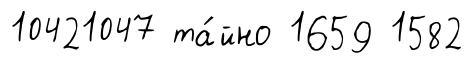
10421047 та́йно 1659 1582